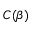
C ( \beta )